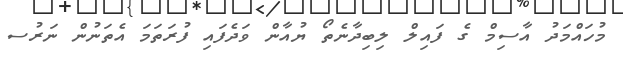
މުހައްމަދު އާސިމް ގެ ފައިލް ލިބިދާނެތޯ ޔުއާން ވަދެފައި ފުރަތަމަ އެތަނުން ނަރުސ